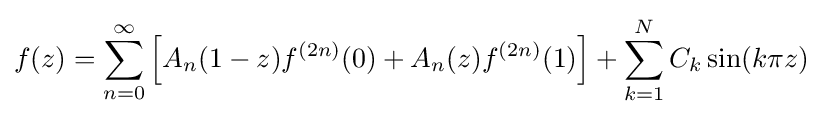
f(z)=\sum _{n=0}^{\infty }\left[A_{n}(1-z)f^{(2n)}(0)+A_{n}(z)f^{(2n)}(1)\right]+\sum _{k=1}^{N}C_{k}\sin(k\pi z)